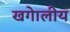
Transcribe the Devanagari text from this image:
खगेालीय